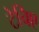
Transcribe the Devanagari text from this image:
टेचिए